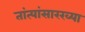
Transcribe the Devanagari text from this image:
तांत्यांसारख्या